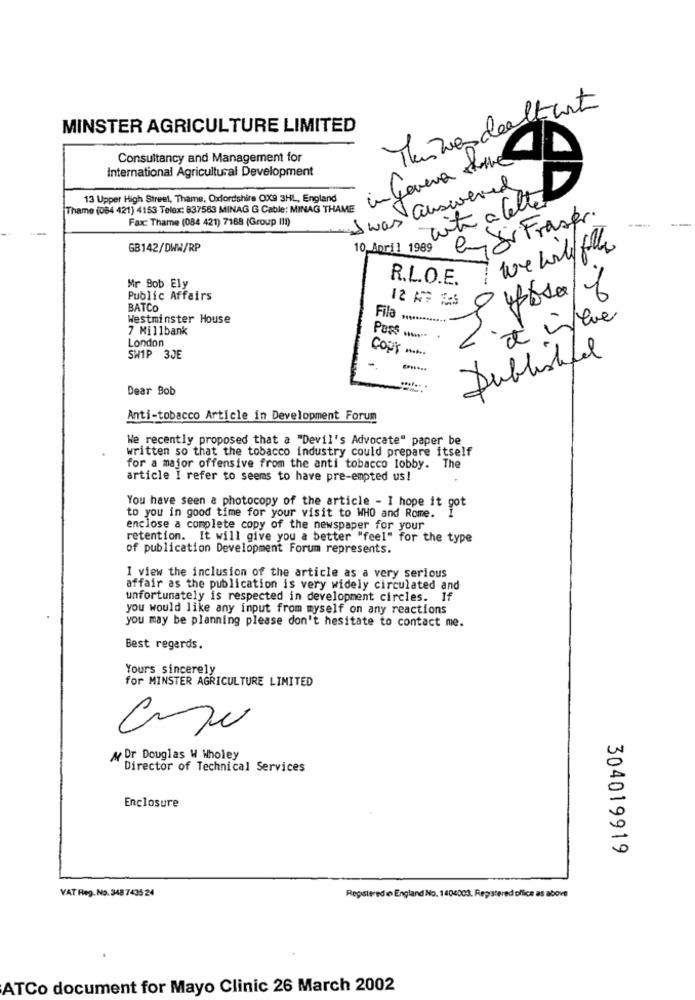
Tanzendealtart
MINSTER AGRICULTURE LIMITED
Consultancy and Management for
ingenera store
International Agricultural Development
I was answered
13 Upper High Street, Thame, Oxfordshire OX9 3HL, England
with a letter
Thame (084 421) 4153 Telex: 837563 MINAG G Cable: MINAG THAME
Fax: Thame (084 421) 7168 (Group (11)
en Ji Fraser
GB142/DWW/RP
10 April 1989
7 we will fully
R.L.O.E.
Mr Bob Ely
Public Affairs
12 AF ES
BATCO
Westminster House
Fila ............ +
it is love
7 Millbank
London
PosS ...
Copt
SHIP 3JE
Published
Dear Bob
Anti-tobacco Article in Development Forum
We recently proposed that a "Devil's Advocate" paper be
written so that the tobacco industry could prepare itself
for a major offensive from the anti tobacco lobby. The
article I refer to seems to have pre-empted us!
You have seen a photocopy of the article - I hope it got
to you in good time for your visit to WHO and Rome.
enclose a complete copy of the newspaper for your
retention. It will give you a better "feel" for the type
of publication Development Forum represents.
I view the inclusion of the article as a very serious
affair as the publication is very widely circulated and
unfortunately is respected in development circles. If
you would like any input from myself on any reactions
you may be planning please don't hesitate to contact me.
Best regards.
Yours sincerely
for MINSTER AGRICULTURE LIMITED
A Dr Douglas W Wholey
Director of Technical Services
Enclosure
304019919
VAT Reg. No. 348 7435 24
Registered in England No. 1406003: Registered office as above
ATCo document for Mayo Clinic 26 March 2002